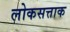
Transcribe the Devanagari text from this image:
लोकसत्ताक